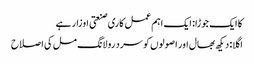
کا ایک جوڑا: ایک اہم عمل کاری صنعتی اوزار ہے
اگلا: دیکھ بھال اور اصولوں کو سرد رولانگ مل کی اصلاح